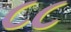
૮૮